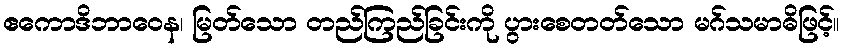
ဧကောဒိဘာဝေန၊ မြတ်သော တည်ကြည်ခြင်းကို ပွားစေတတ်သော မဂ်သမာဓိဖြင့်။